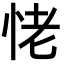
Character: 恅